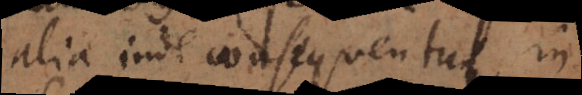
alia inde consequentur, in